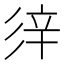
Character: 𨐍